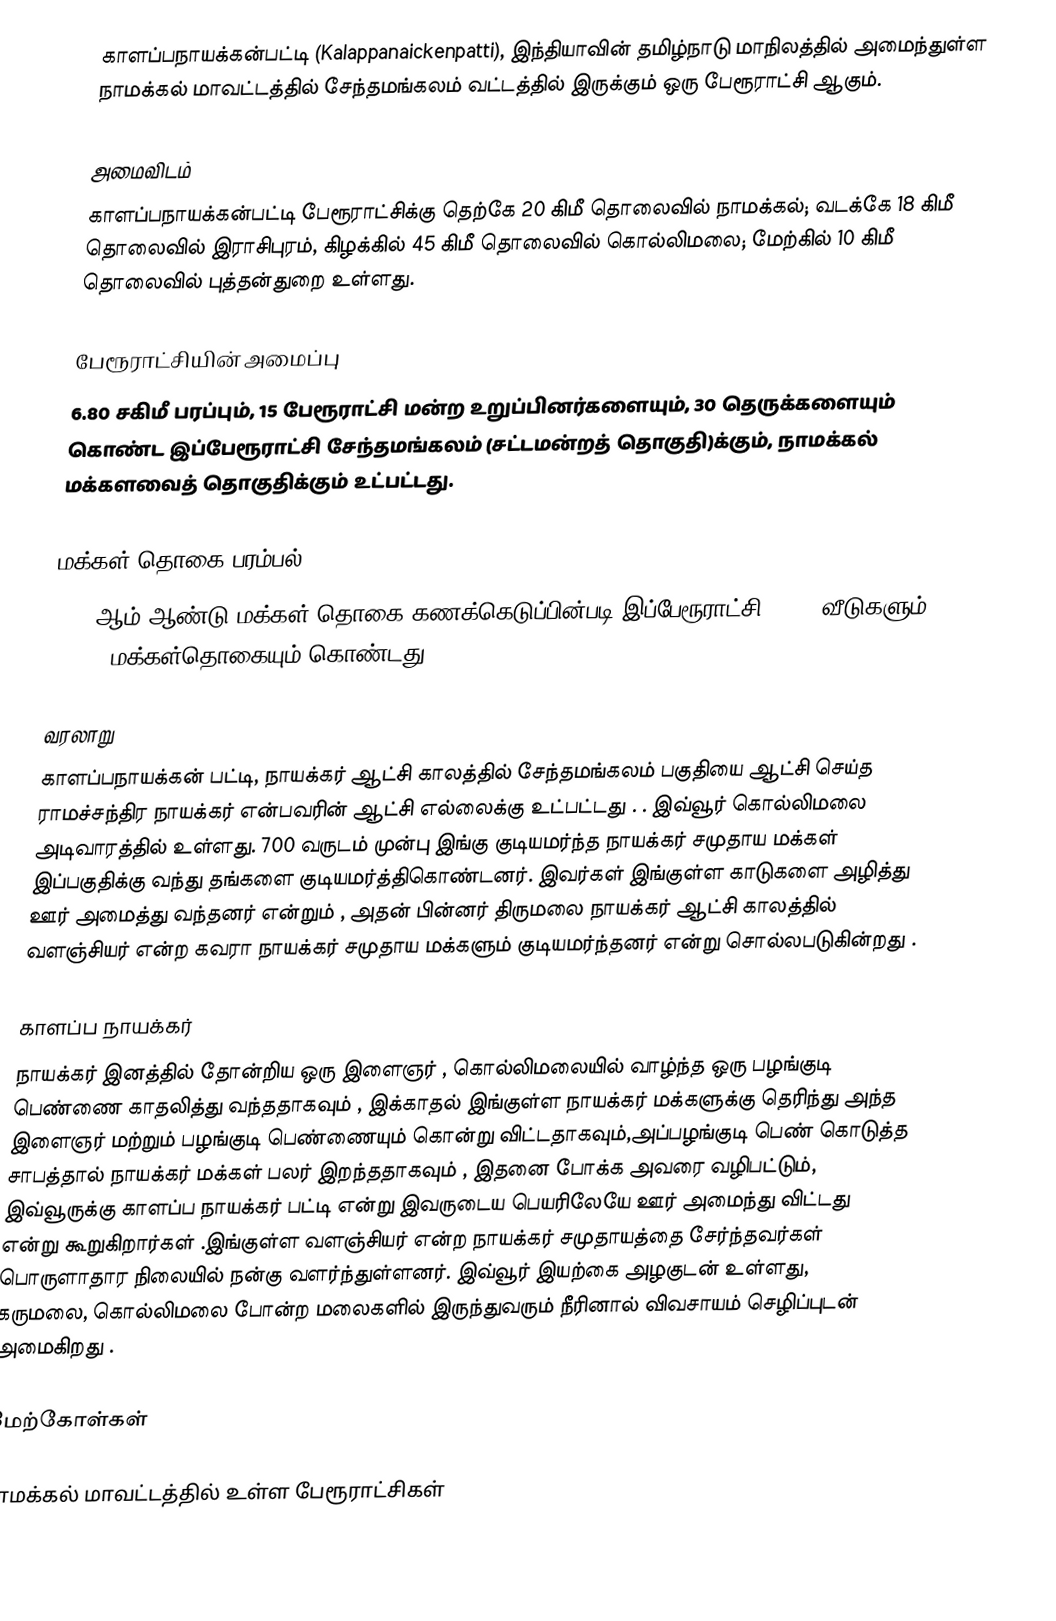
காளப்பநாயக்கன்பட்டி (Kalappanaickenpatti), இந்தியாவின் தமிழ்நாடு மாநிலத்தில் அமைந்துள்ள நாமக்கல் மாவட்டத்தில் சேந்தமங்கலம் வட்டத்தில் இருக்கும் ஒரு பேரூராட்சி ஆகும்.

அமைவிடம்
காளப்பநாயக்கன்பட்டி பேரூராட்சிக்கு தெற்கே 20 கிமீ தொலைவில் நாமக்கல்; வடக்கே 18 கிமீ தொலைவில் இராசிபுரம், கிழக்கில் 45 கிமீ தொலைவில் கொல்லிமலை; மேற்கில் 10 கிமீ தொலைவில் புத்தன்துறை உள்ளது.

பேரூராட்சியின் அமைப்பு
6.80 சகிமீ பரப்பும்,  15 பேரூராட்சி மன்ற  உறுப்பினர்களையும், 30 தெருக்களையும் கொண்ட இப்பேரூராட்சி சேந்தமங்கலம்   (சட்டமன்றத் தொகுதி)க்கும், நாமக்கல் மக்களவைத் தொகுதிக்கும் உட்பட்டது.

மக்கள் தொகை பரம்பல்
2011-ஆம் ஆண்டு மக்கள் தொகை கணக்கெடுப்பின்படி  இப்பேரூராட்சி     3,164  வீடுகளும், 10,831 மக்கள்தொகையும் கொண்டது.

வரலாறு
காளப்பநாயக்கன் பட்டி, நாயக்கர் ஆட்சி காலத்தில் சேந்தமங்கலம் பகுதியை ஆட்சி செய்த ராமச்சந்திர நாயக்கர் என்பவரின் ஆட்சி எல்லைக்கு உட்பட்டது .  . இவ்வூர் கொல்லிமலை அடிவாரத்தில் உள்ளது. 700 வருடம் முன்பு இங்கு குடியமர்ந்த நாயக்கர் சமுதாய மக்கள் இப்பகுதிக்கு வந்து தங்களை குடியமர்த்திகொண்டனர். இவர்கள் இங்குள்ள காடுகளை அழித்து ஊர் அமைத்து வந்தனர் என்றும் , அதன் பின்னர் திருமலை நாயக்கர் ஆட்சி காலத்தில் வளஞ்சியர் என்ற கவரா நாயக்கர் சமுதாய மக்களும்  குடியமர்ந்தனர் என்று சொல்லபடுகின்றது .

காளப்ப நாயக்கர்
நாயக்கர் இனத்தில் தோன்றிய ஒரு இளைஞர் , கொல்லிமலையில் வாழ்ந்த ஒரு பழங்குடி பெண்ணை காதலித்து வந்ததாகவும் , இக்காதல் இங்குள்ள நாயக்கர் மக்களுக்கு தெரிந்து அந்த இளைஞர் மற்றும் பழங்குடி பெண்ணையும் கொன்று விட்டதாகவும்,அப்பழங்குடி பெண் கொடுத்த சாபத்தால் நாயக்கர் மக்கள் பலர் இறந்ததாகவும் , இதனை போக்க அவரை வழிபட்டும், இவ்வூருக்கு காளப்ப நாயக்கர் பட்டி என்று இவருடைய பெயரிலேயே ஊர் அமைந்து விட்டது என்று கூறுகிறார்கள் .இங்குள்ள வளஞ்சியர் என்ற  நாயக்கர் சமுதாயத்தை சேர்ந்தவர்கள் பொருளாதார நிலையில் நன்கு வளர்ந்துள்ளனர். இவ்வூர் இயற்கை அழகுடன் உள்ளது, கருமலை, கொல்லிமலை போன்ற மலைகளில் இருந்துவரும் நீரினால் விவசாயம் செழிப்புடன் அமைகிறது .

மேற்கோள்கள்

நாமக்கல் மாவட்டத்தில் உள்ள பேரூராட்சிகள்